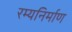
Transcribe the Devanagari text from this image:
रम्यनिर्माण